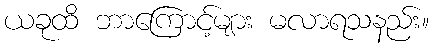
ယခုထိ ဘာကြောင့်များ မလာရသနည်း။